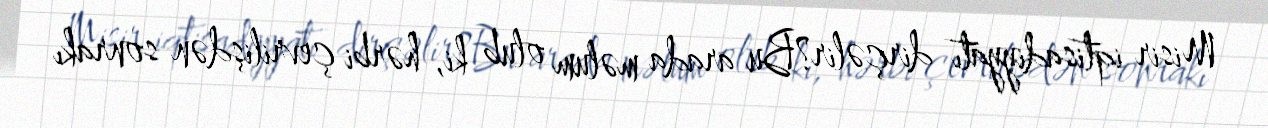
Misir iqtisadiyyatı dirçəlir?Bu arada məlum olub ki, hərbi çevrilişdən sonrakı